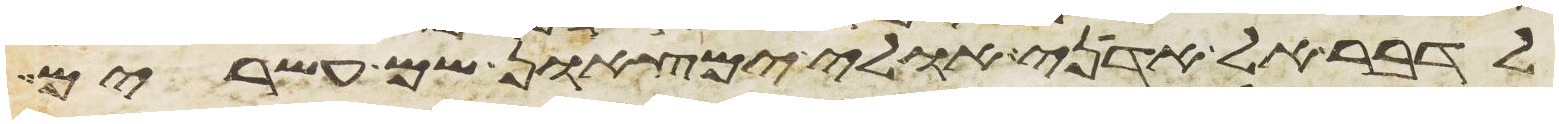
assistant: לדבר אל אדני אולי ימצאון שם עשרים